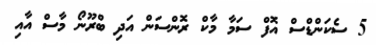
5 ސެކަންޑްސް އޮފް ސަމާ މާކް ރޮންސަން އަދި ބްރޫނޯ މާސް އާއި